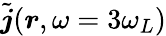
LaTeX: \tilde{\boldsymbol j}(\boldsymbol r,\omega=3\omega_{L})